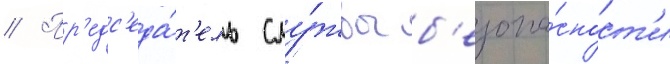
// Пр'едс'еда́т'ель слу́жбы б'езопа́сност'и